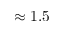
\approx 1 . 5